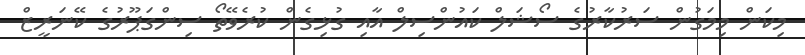
މިކަން މިމަގުން ސަރުކާރުގެ ސޯޝަލް ކައުންސިލް އާއި ގުޅިގެން ކުރެވޭތޯ ސިންގަޕޫރުގެ ކޭނަރީޒް